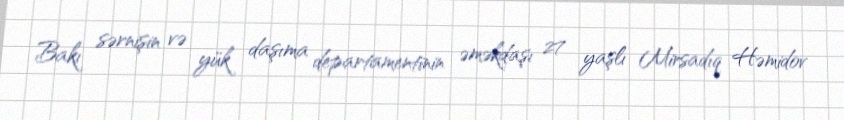
Bakı sərnişin və yük daşıma departamentinin əməkdaşı 27 yaşlı Mirsadıq Həmidov